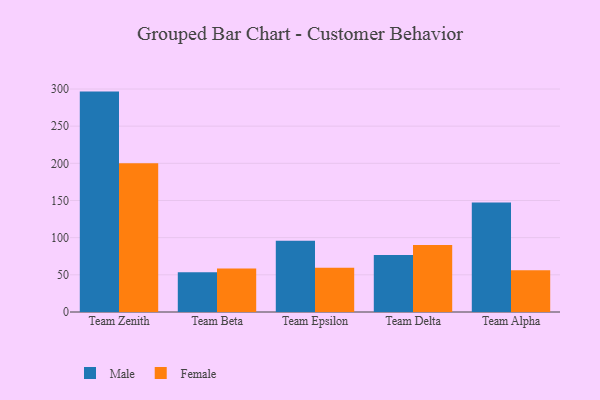
{"axis": {"x": "Team", "y": "Website Visitors"}, "legend": ["Female", "Male"], "data": [{"x": "Team Zenith", "y": 296.5, "type": "Male"}, {"x": "Team Zenith", "y": 200.0, "type": "Female"}, {"x": "Team Beta", "y": 53.4, "type": "Male"}, {"x": "Team Beta", "y": 58.6, "type": "Female"}, {"x": "Team Epsilon", "y": 95.7, "type": "Male"}, {"x": "Team Epsilon", "y": 59.4, "type": "Female"}, {"x": "Team Delta", "y": 76.8, "type": "Male"}, {"x": "Team Delta", "y": 90.1, "type": "Female"}, {"x": "Team Alpha", "y": 147.2, "type": "Male"}, {"x": "Team Alpha", "y": 56.2, "type": "Female"}]}